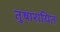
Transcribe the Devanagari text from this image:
तुषारायित